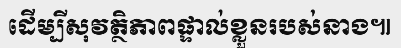
ដើម្បីសុវត្ថិភាពផ្ទាល់ខ្លួនរបស់នាង៕